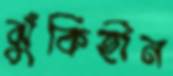
ঝুঁকিহীন